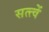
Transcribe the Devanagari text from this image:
सत्त्वें